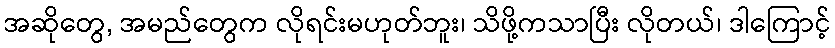
အဆိုတွေ, အမည်တွေက လိုရင်းမဟုတ်ဘူး၊ သိဖို့ကသာပြီး လိုတယ်၊ ဒါကြောင့်